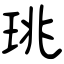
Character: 珧